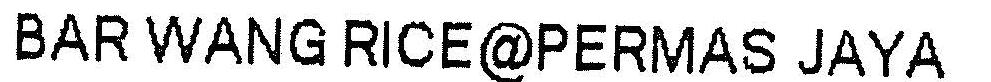
BAR WANG RICE@PERMAS JAYA